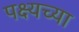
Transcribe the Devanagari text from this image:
पक्ष्यच्या